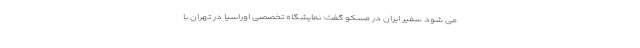
می شود سفیر ایران در مسکو گفت: نمایشگاه تخصصی اوراسیا در تهران با